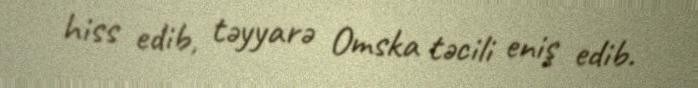
hiss edib, təyyarə Omska təcili eniş edib.